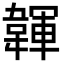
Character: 韗